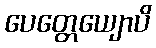
ပေတ္တေယျောပိ